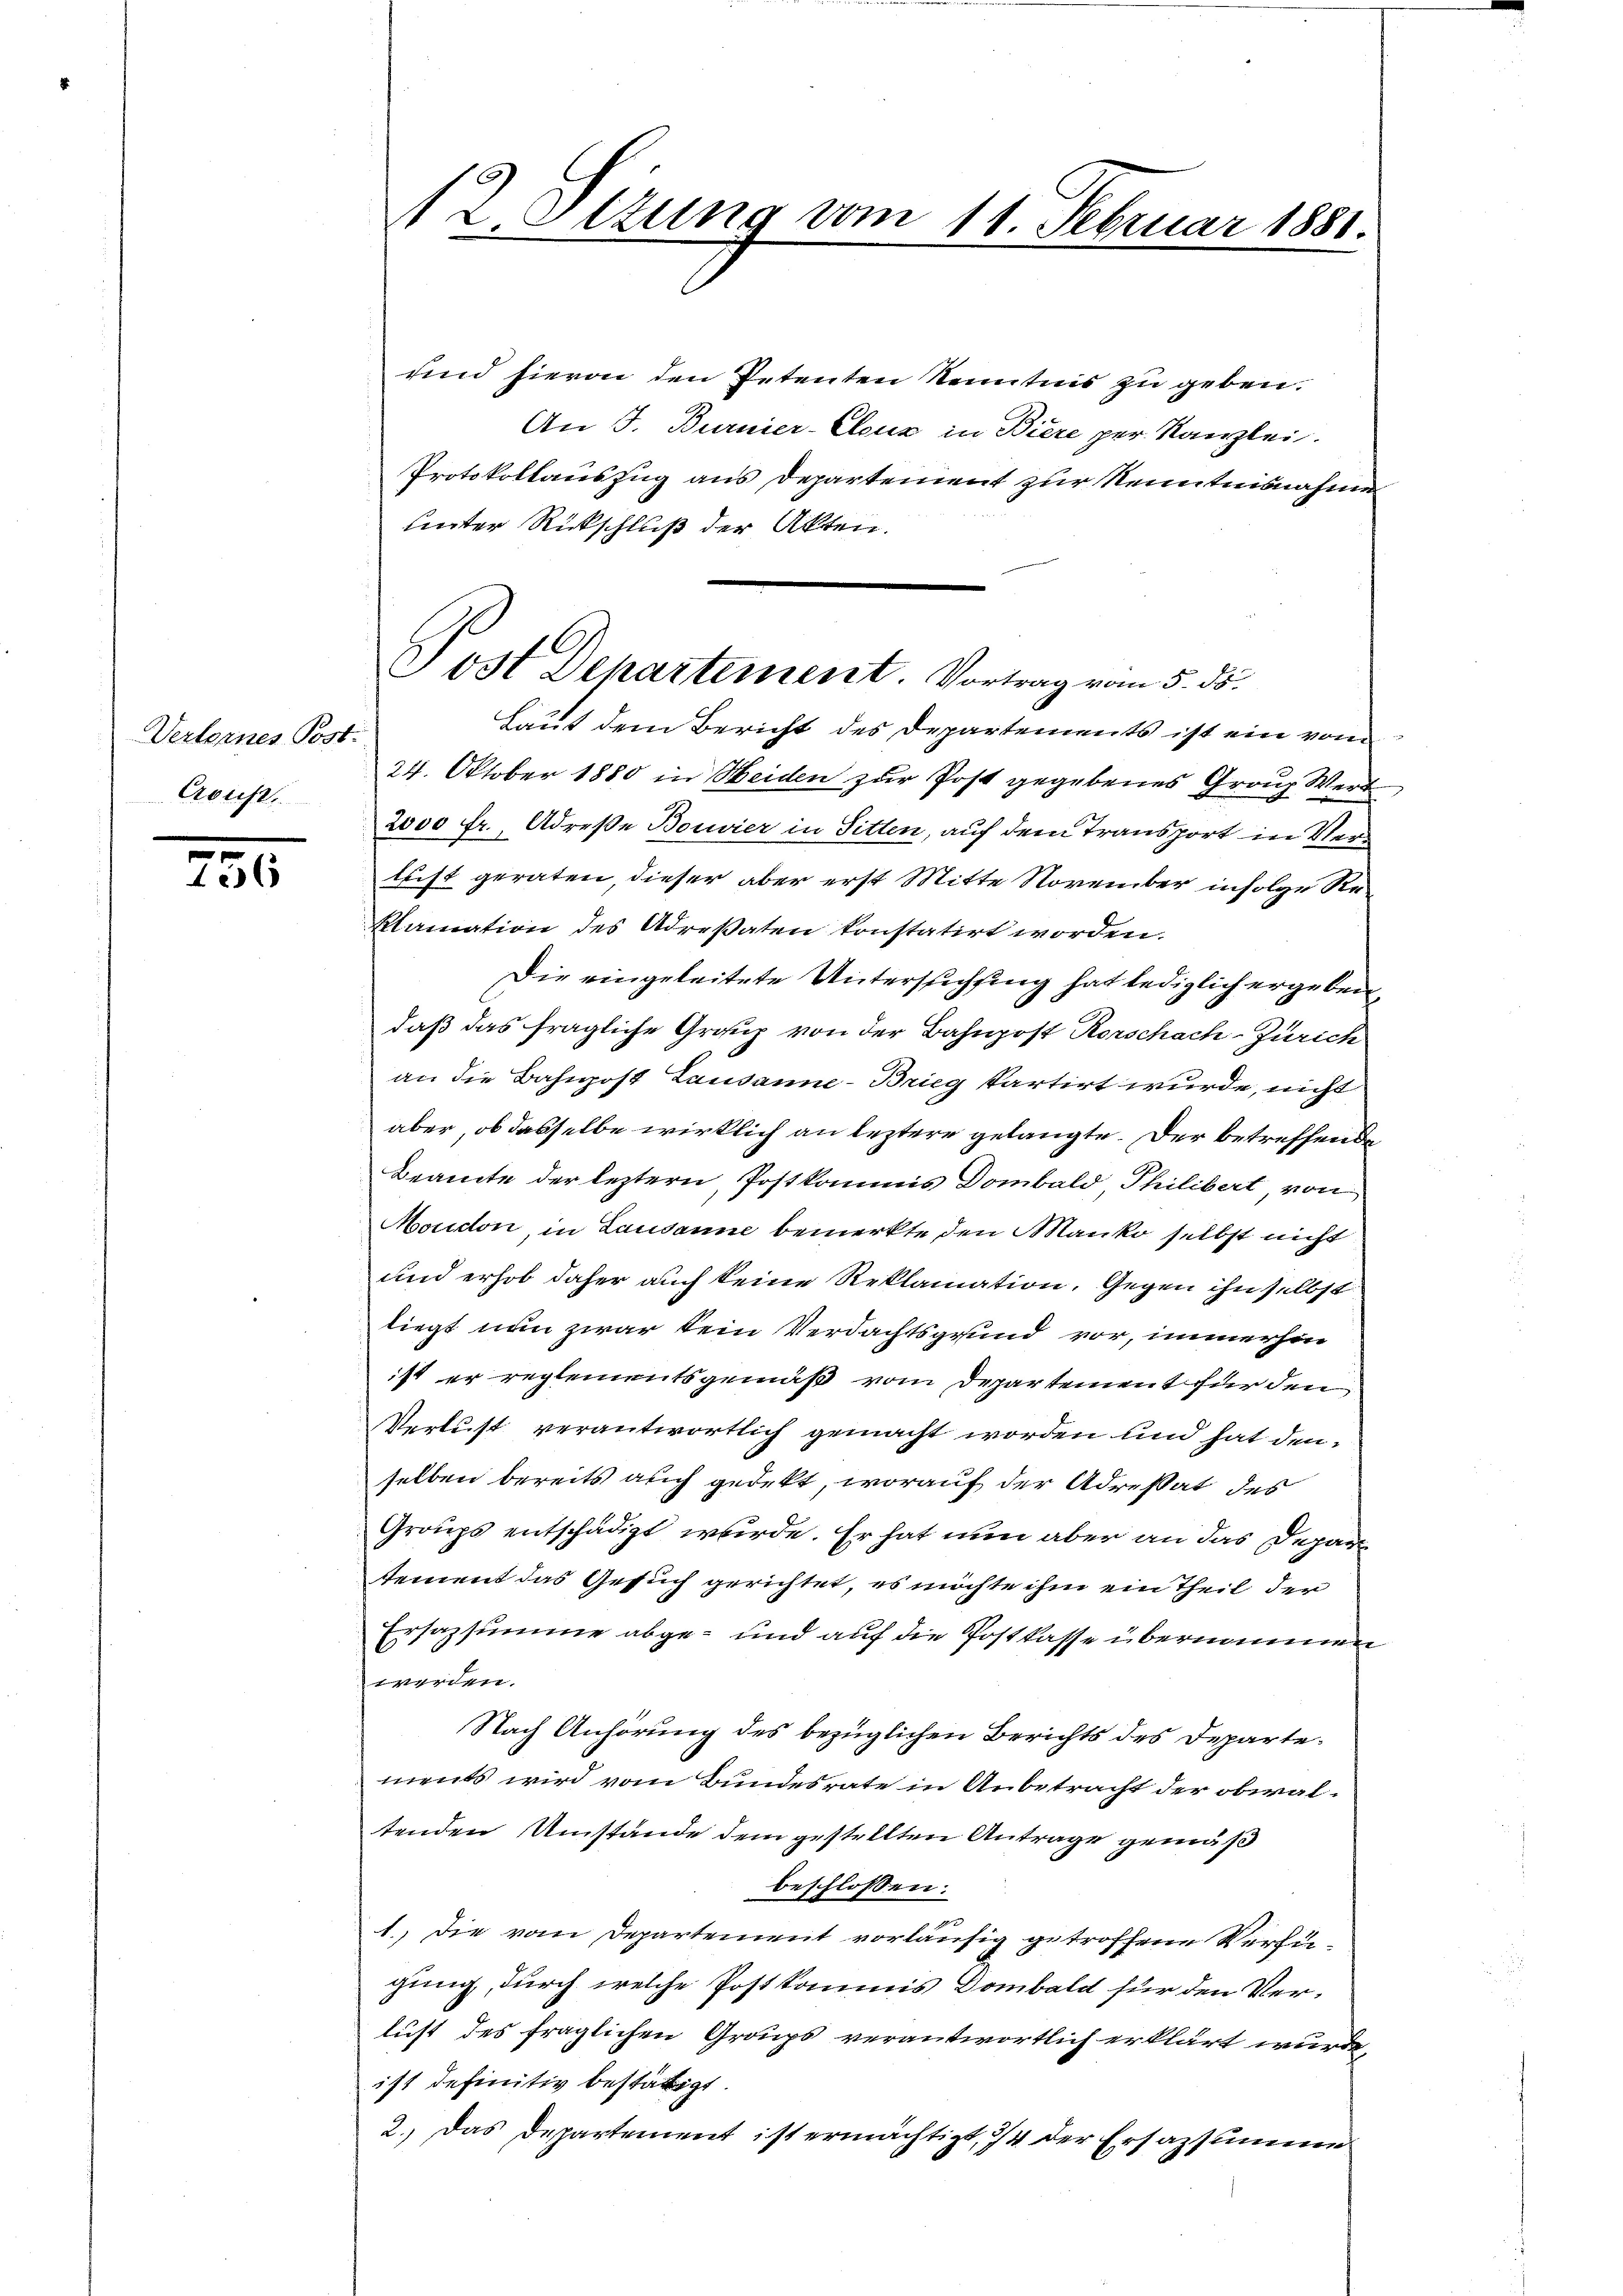
Verlornes Post.
Crouss

756

12 Ottung vom 11. Februar 1881.

und hievon den Petenten Kenntnis zu geben.
An J. Burnier-Elous in Biere per Kanzlei.
Protokollauszug aus Departement zur Kenntnisnahme
unter Rückschluß der Akten.
Laut dem Bericht des Departements ist ein von
24. Oktober 1880 in Weiden zur Post gegebenes Grad Wert
2000 fr., Adrese Bouvier in Sitten, auf dem Transport in Verleist geraten, dieser aber erst Mitte November infolge Reklamation des Adresaten konstatirt worden.
Die eingeleitete Untersuchung hat lediglich ergeben,
daß das fragliche Graup von der Bahnpost Rorschach-Zürich
an die Bahnpost Lausanne-Brieg kartirt wurde, nicht
aber, ob dasselbe wirklich an leztere gelangte. Der betreffende
Beamte der leztern, Postkommis Dombald Philibert von
Moudon, in Lausanne bemerkte den Manko selbst nicht
und erhob daher auch keine Reklamation, Gegen ihn selbst
liegt nun zwar kein Verdachtsgrund vor, immerhin
ist er reglementsgemäß vom Departement für den
Verlust verantwortlich gemacht worden und hat denselben bereits auch gedekt, worauf der Adrestat des
Groups entschädigt wurde. Er hat nun aber an das Depar
sement das Gesuch gerichtet, es möchte ihm ein Theil der
Ersazsumme abge- und auf die Postkasse übernommen
werden.
Nach Anhörung des bezüglichen Berichts des Departements wird vom Bundesrate in Anbetracht der obwaltenden Umstände dem gestellten Antrage gemäß
beschlossen:
1.) Die vom Departement vorläufig getroffene Verfügung, durch welche Postkommnis Dombald für den Ver-
lust des fraglichen Groups verantwortlich erklärt wurde,
ist definitiv bestättigt.
2.) Das Departement ist ermächtigt, 24 der Ersazsumme

Post Departement. Vortrag vom 5. ds.